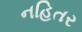
નહિતર